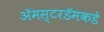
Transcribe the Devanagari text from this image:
ॲमस्टरडॅमकडे